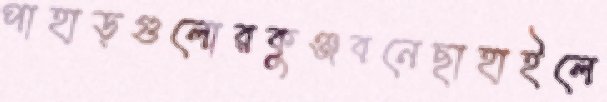
পাহাড়গুলোরকুঞ্জবনেছাহাইলে